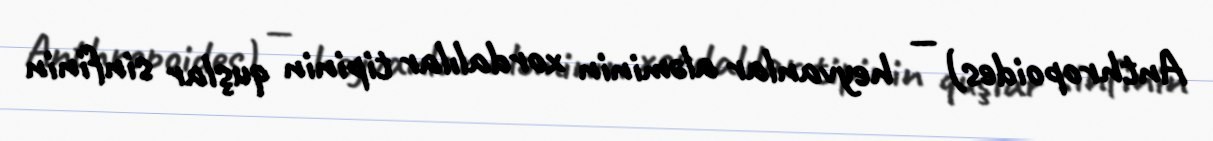
Anthropoides) — heyvanlar aləminin xordalılar tipinin quşlar sinfinin